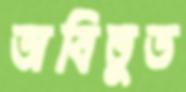
অবিভূত